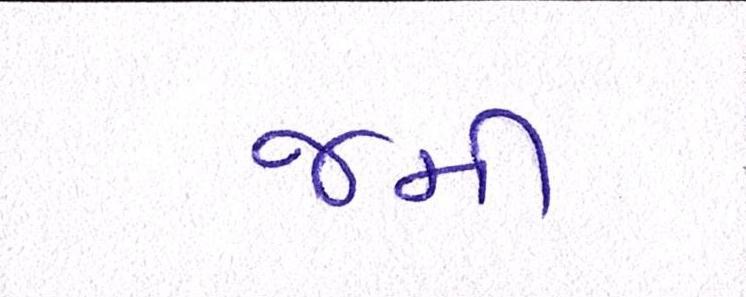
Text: જમી